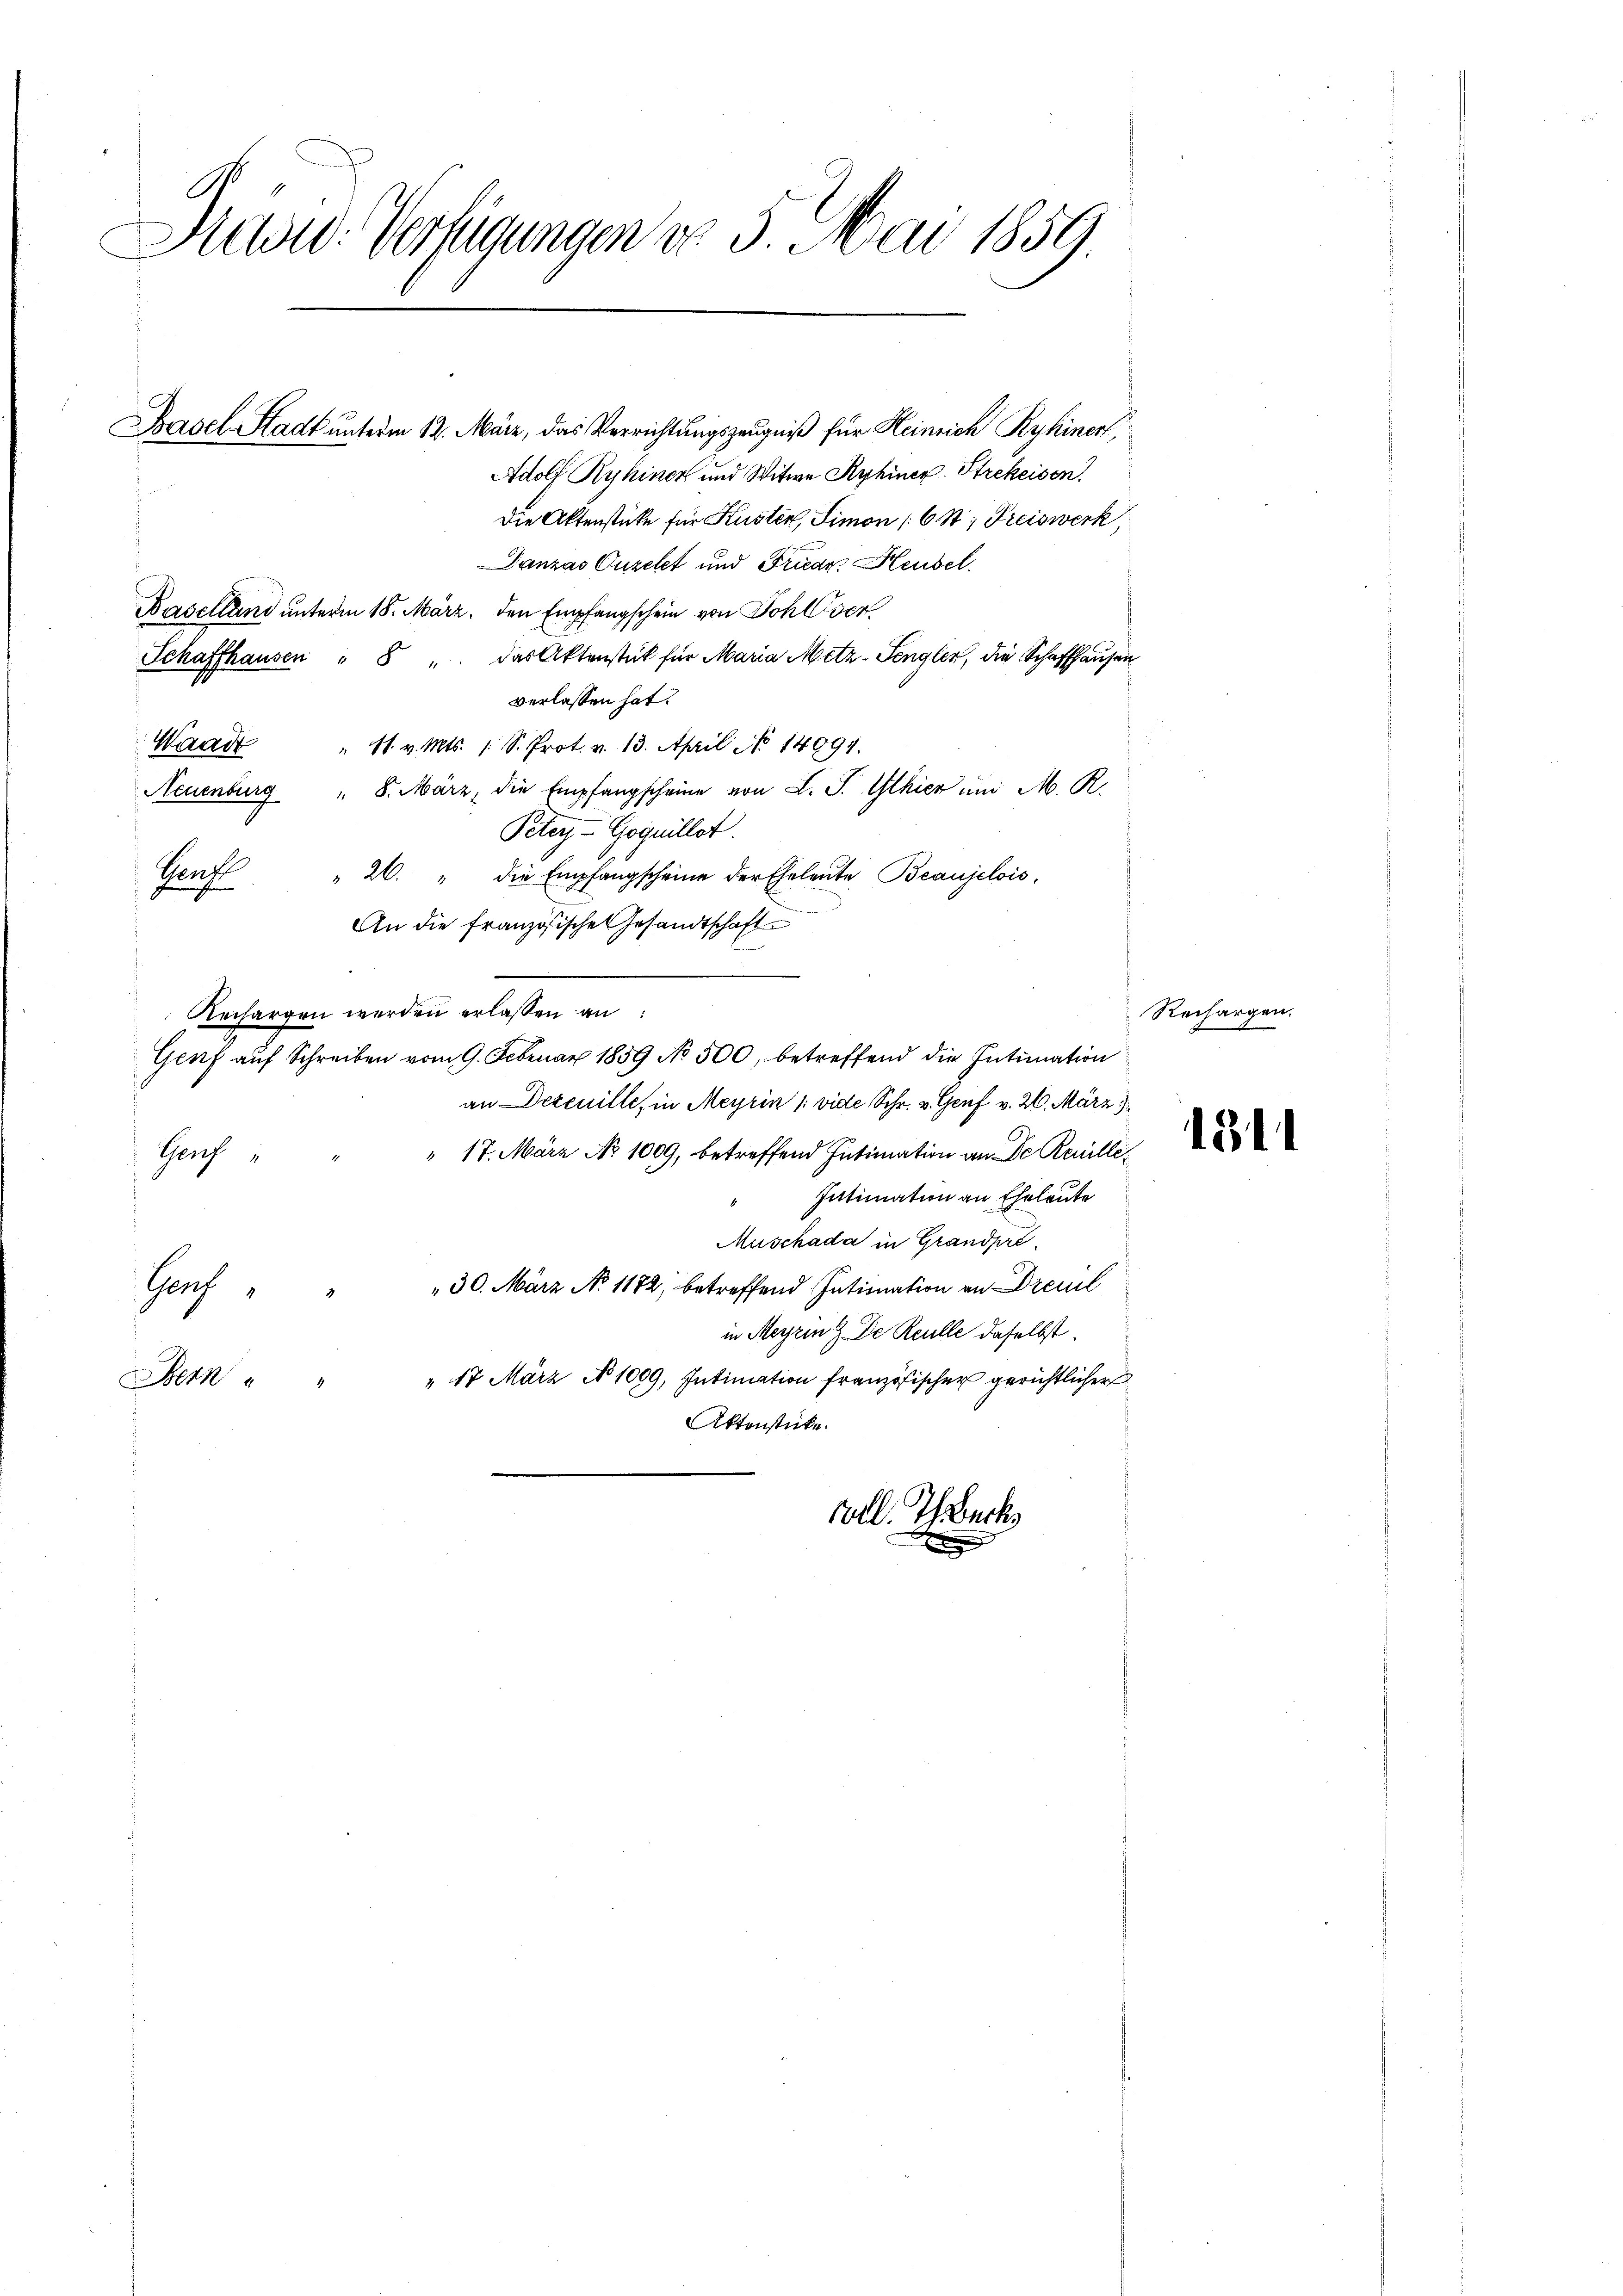
Aid. Verfügungen do 3. Mai 1859

Basel-Stadt unterm 12. März, das Verrichtungszeugniß für Heinrich Ryhiner,
Adolf Ryhiner und Witwe Ryhiner Strekeisen.
Die Aktenstücke für Kuster, Simon 6 St; Preiswerk,
Danzas Ouzelt und Friedr. Heubel
Baselland unterm 18. März, den Empfangschein von Johlver
Schaffhausen " 8 " das Aktenstück für Maria Metz-Sengler, die Schaffhausen
verlassen hat.
Waadt
" 1. v. Mts. 1. S. Prot. v. 13. April No 14097.
Neuenburg " 8. März, die Empfangscheine von L. S. Ilhier um M. R.
Peter - Goquillet
Genf " 26. " die Empfangscheine der Eheleute Beaujelois,
An die französische Gesandtschaft
Rechargen werden erlassen an
Genf auf Schreiben vom 9. Februar 1859 No 500, betreffend die Intimation
an Dezenille, in Meyrin /: vide Schr. v. Genf v. 26. März 1
" 17. März No 1009, betreffend Intimation an de Reuille
Genf
Intimation an Eheleute
Muschada in Grandpre
Genf " " " 30. März No 1172; betreffend Intimation an Dreul
in Meyrin & Die Reulle daselbst.
" 17 März No 1009, Intimation französischer gerichtlicher
Bern " "
Aktenstücke.
voll. I Backs

Rechargen.

131